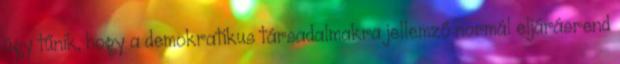
úgy tűnik, hogy a demokratikus társadalmakra jellemző normál eljárásrend